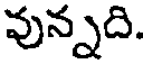
వున్నది.